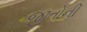
જીતોની